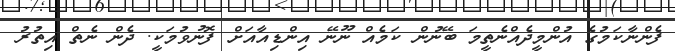
ފެންނާކަމުގެ އުންމީދެއްނެެތީމަ ބޭނުން ކަމެއް ނޫނޭ އިންޑިއާއަށް ފޮނުވުމަކީ. ދެެން ނެތް އިތުރު